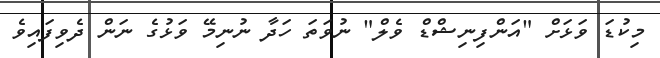
މިކުޑަ ވަޅަށް "އަންފިނިޝްޑް ވެލް" ނުވަތަ ހަދާ ނުނިމޭ ވަޅުގެ ނަން ދެވިފައިވެ